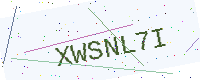
Text: XWSNL7I